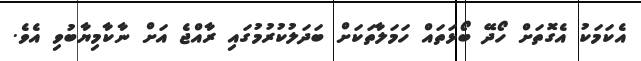
އެކަމަކު އެގޮތަށް ހޯދޭ ބޯޅަތައް ހަމަލާތަކަށް ބަދަލުކުރުމުގައި ރާއްޖެ އަށް ނާކާމިޔާބުވި އެވެ.